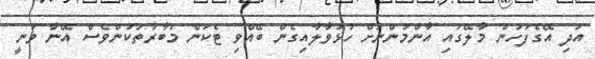
އަދި އޭގެފަހުން މާލޭގައި އާންމުންނަށް ހުޅުވާލާއިގެން ބޭއްވި ޓެކަން މުބާރާތަކުންވެސް އޭނާ ވަނީ